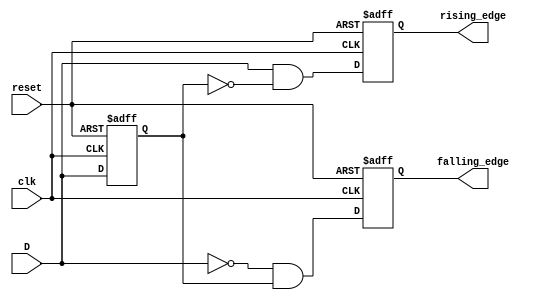
module edge_detector (
    input wire clk,          // Clock signal
    input wire reset,        // Asynchronous reset
    input wire D,            // Input signal to detect edges
    output reg rising_edge,  // Rising edge detected
    output reg falling_edge  // Falling edge detected
);

// Memory block to store previous state
reg D_prev;

always @(posedge clk or posedge reset) begin
    if (reset) begin
        // Initialize the previous state on reset
        D_prev <= 1'b0;
        rising_edge <= 1'b0;
        falling_edge <= 1'b0;
    end else begin
        // Edge detection logic
        rising_edge <= (D == 1'b1) && (D_prev == 1'b0);   // Rising edge detection
        falling_edge <= (D == 1'b0) && (D_prev == 1'b1);  // Falling edge detection

        // Update the memory block with the current input signal
        D_prev <= D;
    end
end

endmodule